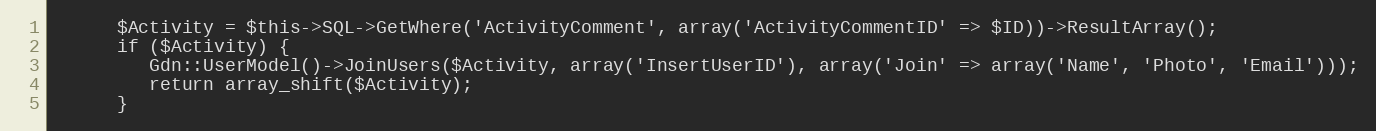
Language: PHP
      $Activity = $this->SQL->GetWhere('ActivityComment', array('ActivityCommentID' => $ID))->ResultArray();
      if ($Activity) {
         Gdn::UserModel()->JoinUsers($Activity, array('InsertUserID'), array('Join' => array('Name', 'Photo', 'Email')));
         return array_shift($Activity);
      }